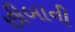
છીબાની